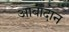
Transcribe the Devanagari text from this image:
आबादान